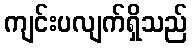
ကျင်းပလျက်ရှိသည်